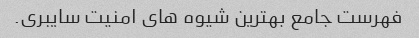
فهرست جامع بهترین شیوه های امنیت سایبری.